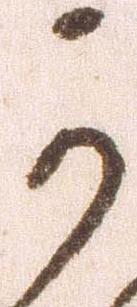
可